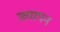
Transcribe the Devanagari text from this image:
ख्यापन